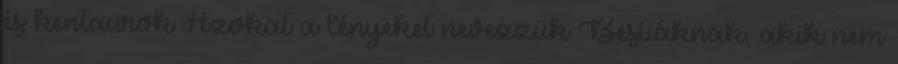
és kentaurok Azokat a lényeket nevezzük Bestiáknak, akik nem